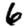
Digit: 6